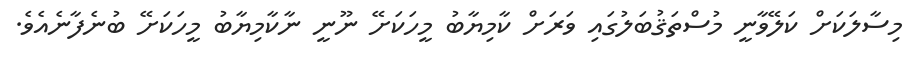
މިސާލަކަށް ކަލޭވާނީ މުސްތަޤުބަލުގައި ވަރަށް ކާމިޔާބު މީހަކަށޭ ނޫނީ ނާކާމިޔާބު މީހަކަށޭ ބުނެފާނެއެވެ.